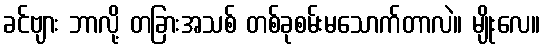
ခင်ဗျား ဘာလို့ တခြားအသစ် တစ်ခုစမ်းမသောက်တာလဲ။ မျိုးလေ။